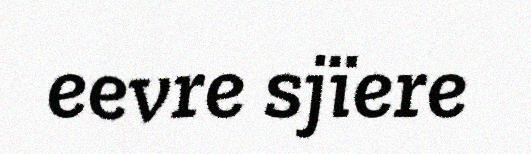
eevre sjïere